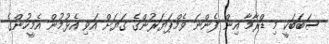
ސަބަބަކީ މި ޑްރާމާ އިން ފެންނަ ވެމްޕަޔަރުންގެ ގަޔަށް އަވި އެޅުމުން އެމީހުންގެ